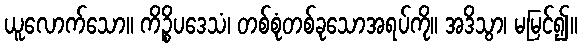
ယူလောက်သော။ ကိဉ္စိပဒေသံ၊ တစ်စုံတစ်ခုသောအရပ်ကို။ အဒိသွာ၊ မမြင်၍။